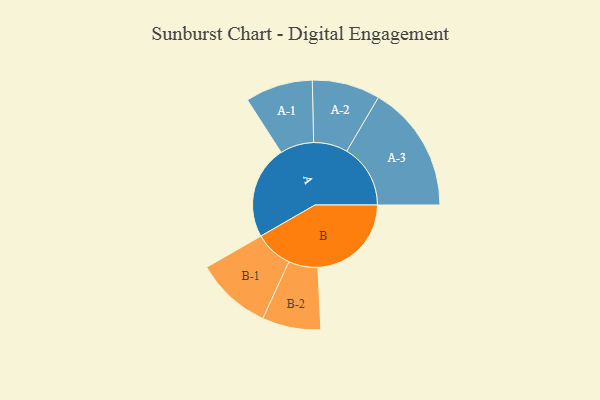
{"axis": {"x": "Segment", "y": "Value"}, "legend": ["", "A", "B"], "data": [{"x": "A", "y": 398, "type": ""}, {"x": "B", "y": 399, "type": ""}, {"x": "A-1", "y": 144, "type": "A"}, {"x": "A-2", "y": 145, "type": "A"}, {"x": "A-3", "y": 272, "type": "A"}, {"x": "B-1", "y": 162, "type": "B"}, {"x": "B-2", "y": 125, "type": "B"}]}